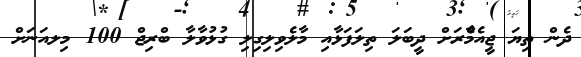
ދެން ތިޔަ ޖީއެމްެާރަށް ދީބަލަ ތިލަފަޅާއި މާލެވިލިގިލި ގުޅުވާލާ ބްރިޖް 100 މިލއަނަށް